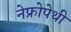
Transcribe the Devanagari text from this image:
नेफ्रोपेथी